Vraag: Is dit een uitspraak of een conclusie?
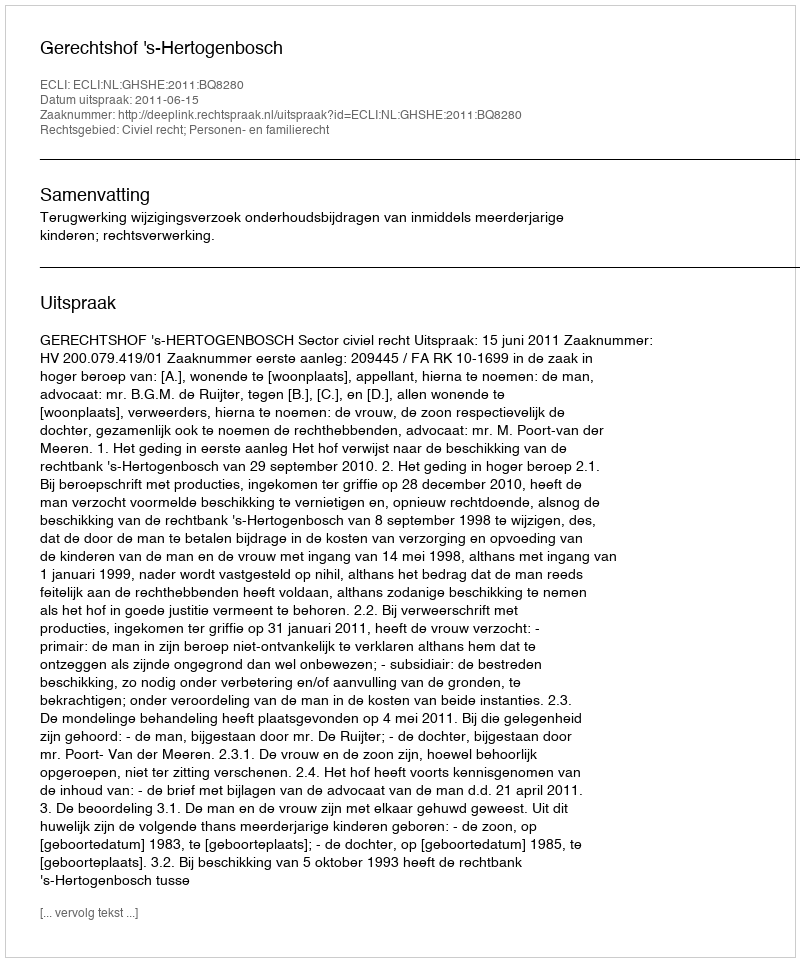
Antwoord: Uitspraak